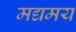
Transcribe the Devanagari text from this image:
मद्यमय